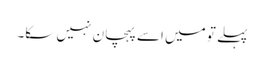
پہلے تو میں اسے پہچان نہیں سکا۔